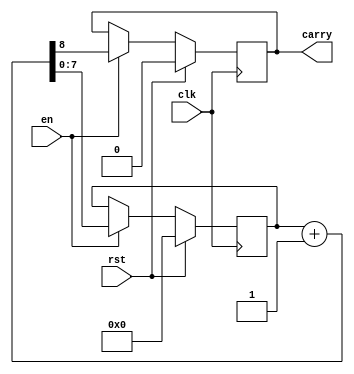
`timescale 1ns / 1ps
//////////////////////////////////////////////////////////////////////////////////
// Company: 
// Engineer: 
// 
// Design Name: 
// Module Name:    counter 
// Project Name: 
// Target Devices: 
// Tool versions: 
// Description: 
//
// Dependencies: 
//
// Revision: 
// Revision 0.01 - File Created
// Additional Comments: 
//
//////////////////////////////////////////////////////////////////////////////////
module counter #(parameter numbit=8)
(
    input clk,
    input rst,
    input en,
    output reg carry
    );

reg [numbit-1:0] count;
always@(posedge clk)
if(rst) {carry,count}<=0;
else begin
if(en) {carry,count}<=count+1;
end
endmodule